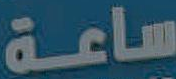
ساعة